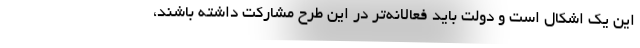
این یک اشکال است و دولت باید فعالانه‌تر در این طرح مشارکت داشته باشند،